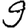
Digit: 9